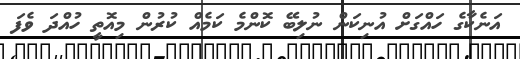
އަނެކާގެ ހައްގަށް އުނިކަން ނުލިބޭ ކޮންްމެ ކަމެއް ކުރުން މިއޮތީ ހުއްދަ ވެފަ